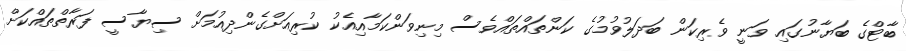
ބާޓްގެ ބަޔާނުގައި ވަނީ ވެރިކަން ބަދަލުވުމުގެ ކަންތައްތައްވެސް މިނިވަންކަމާއިއެކު ކުރިއަށްގެންދިއުމަށް ސިޔާސީ ފަރާތްތައްކަށް